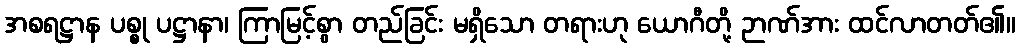
အစရဋ္ဌာန ပစ္စု ပဋ္ဌာနာ၊ ကြာမြင့်စွာ တည်ခြင်း မရှိသော တရားဟု ယောဂီတို့ ဉာဏ်အား ထင်လာတတ်၏။